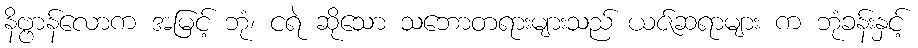
နိဗ္ဗာန်လောက အမြင့် ဘုံ၊ ငရဲ ဆိုသော သဘောတရားများသည် ယဇ်ဆရာများ က ဘုံခန်းနှင့်